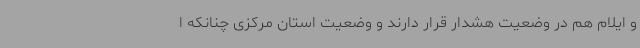
و ایلام هم در وضعیت هشدار قرار دارند و وضعیت استان مرکزی چنانکه ا